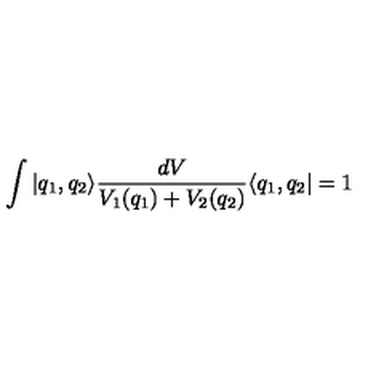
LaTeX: \int | q _ { 1 } , q _ { 2 } \rangle \frac { d V } { V _ { 1 } ( q _ { 1 } ) + V _ { 2 } ( q _ { 2 } ) } \langle q _ { 1 } , q _ { 2 } | = 1